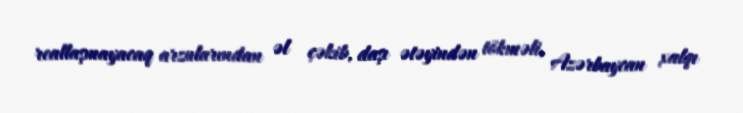
reallaşmayacaq arzularından əl çəkib, daşı ətəyindən tökməli, Azərbaycan xalqı